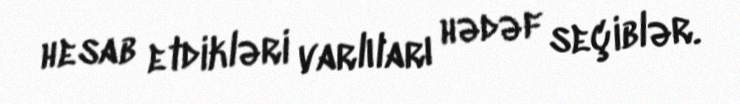
hesab etdikləri varlıları hədəf seçiblər.